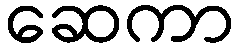
ဆေကာ